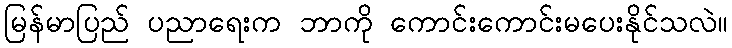
မြန်မာပြည် ပညာရေးက ဘာကို ကောင်းကောင်းမပေးနိုင်သလဲ။